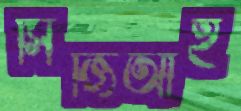
সিজিআই